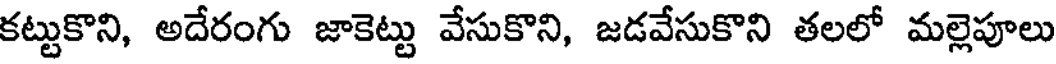
కట్టుకొని, అదేరంగు జాకెట్టు వేసుకొని, జడవేసుకొని తలలో మల్లెపూలు